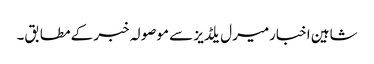
شاہین اخبارمیرل یلڈیز سے موصولہ خبر کے مطابق۔